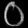
Digit: ၀